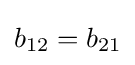
b_{12}=b_{21}